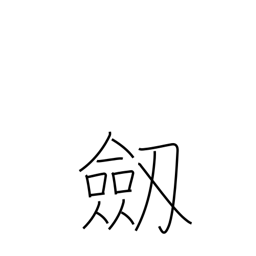
Meaning: sword